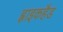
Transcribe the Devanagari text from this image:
ह्वाइकहैड